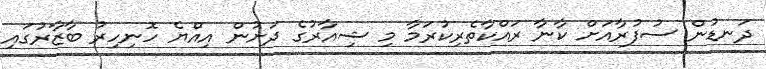
ދަނޑުން ސުފުރާއަށް ކާނާ ރައްކާތެރިކުރަމާ މި ޝިއާރުގެ ދަށުން އިއްޔެ ހޮނިހިރު ބާޒާރުގައި